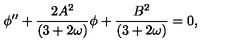
\phi ^ { \prime \prime } + \frac { 2 A ^ { 2 } } { ( 3 + 2 \omega ) } \phi + \frac { B ^ { 2 } } { ( 3 + 2 \omega ) } = 0 ,